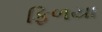
ફિળયા